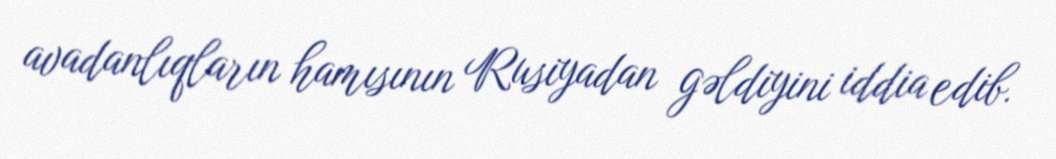
avadanlıqların hamısının Rusiyadan gəldiyini iddia edib.